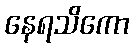
နေရသိကော